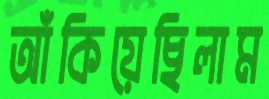
আঁকিয়েছিলাম